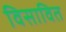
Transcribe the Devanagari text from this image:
विसावित